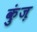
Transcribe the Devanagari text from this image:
कुंज़